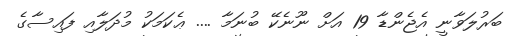
ބަރުލަވާނީ އެޖެންޑާ 19 އަށް ނޫނެކޭ ބުނަމާ .... ޢެކަމަކު މުދަލާއި ފައިސާގެ